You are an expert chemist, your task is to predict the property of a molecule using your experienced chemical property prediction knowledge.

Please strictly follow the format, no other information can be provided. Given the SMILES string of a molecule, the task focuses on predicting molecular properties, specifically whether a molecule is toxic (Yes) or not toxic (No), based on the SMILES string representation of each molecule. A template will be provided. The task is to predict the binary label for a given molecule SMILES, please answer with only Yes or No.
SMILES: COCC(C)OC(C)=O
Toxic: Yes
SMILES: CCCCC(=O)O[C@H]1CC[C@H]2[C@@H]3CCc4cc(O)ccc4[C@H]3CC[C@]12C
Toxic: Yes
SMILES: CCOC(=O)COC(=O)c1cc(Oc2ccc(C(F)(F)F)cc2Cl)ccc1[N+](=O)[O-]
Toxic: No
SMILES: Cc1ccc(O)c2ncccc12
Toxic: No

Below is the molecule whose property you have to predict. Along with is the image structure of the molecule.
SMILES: CC(C)C[C@H](NC(=O)[C@@H](COC(C)(C)C)NC(=O)[C@H](Cc1ccc(O)cc1)NC(=O)[C@H](CO)NC(=O)[C@H](Cc1c[nH]c2ccccc12)NC(=O)[C@H](Cc1c[nH]cn1)NC(=O)[C@@H]1CCC(=O)N1)C(=O)N[C@@H](CCCNC(=N)N)C(=O)N1CCC[C@H]1C(=O)NNC(N)=O
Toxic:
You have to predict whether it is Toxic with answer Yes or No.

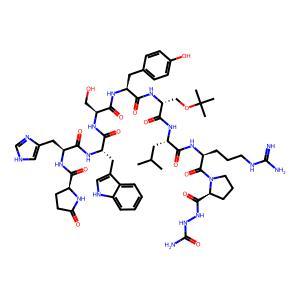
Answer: No